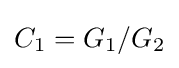
C_{1}=G_{1}/G_{2}